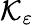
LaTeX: \mathcal{K}_{\varepsilon}